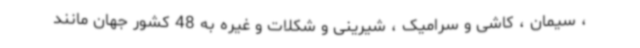
، سیمان ، کاشی و سرامیک ، شیرینی و شکلات و غیره به 48 کشور جهان مانند